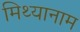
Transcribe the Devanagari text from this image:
मिथ्यानाम